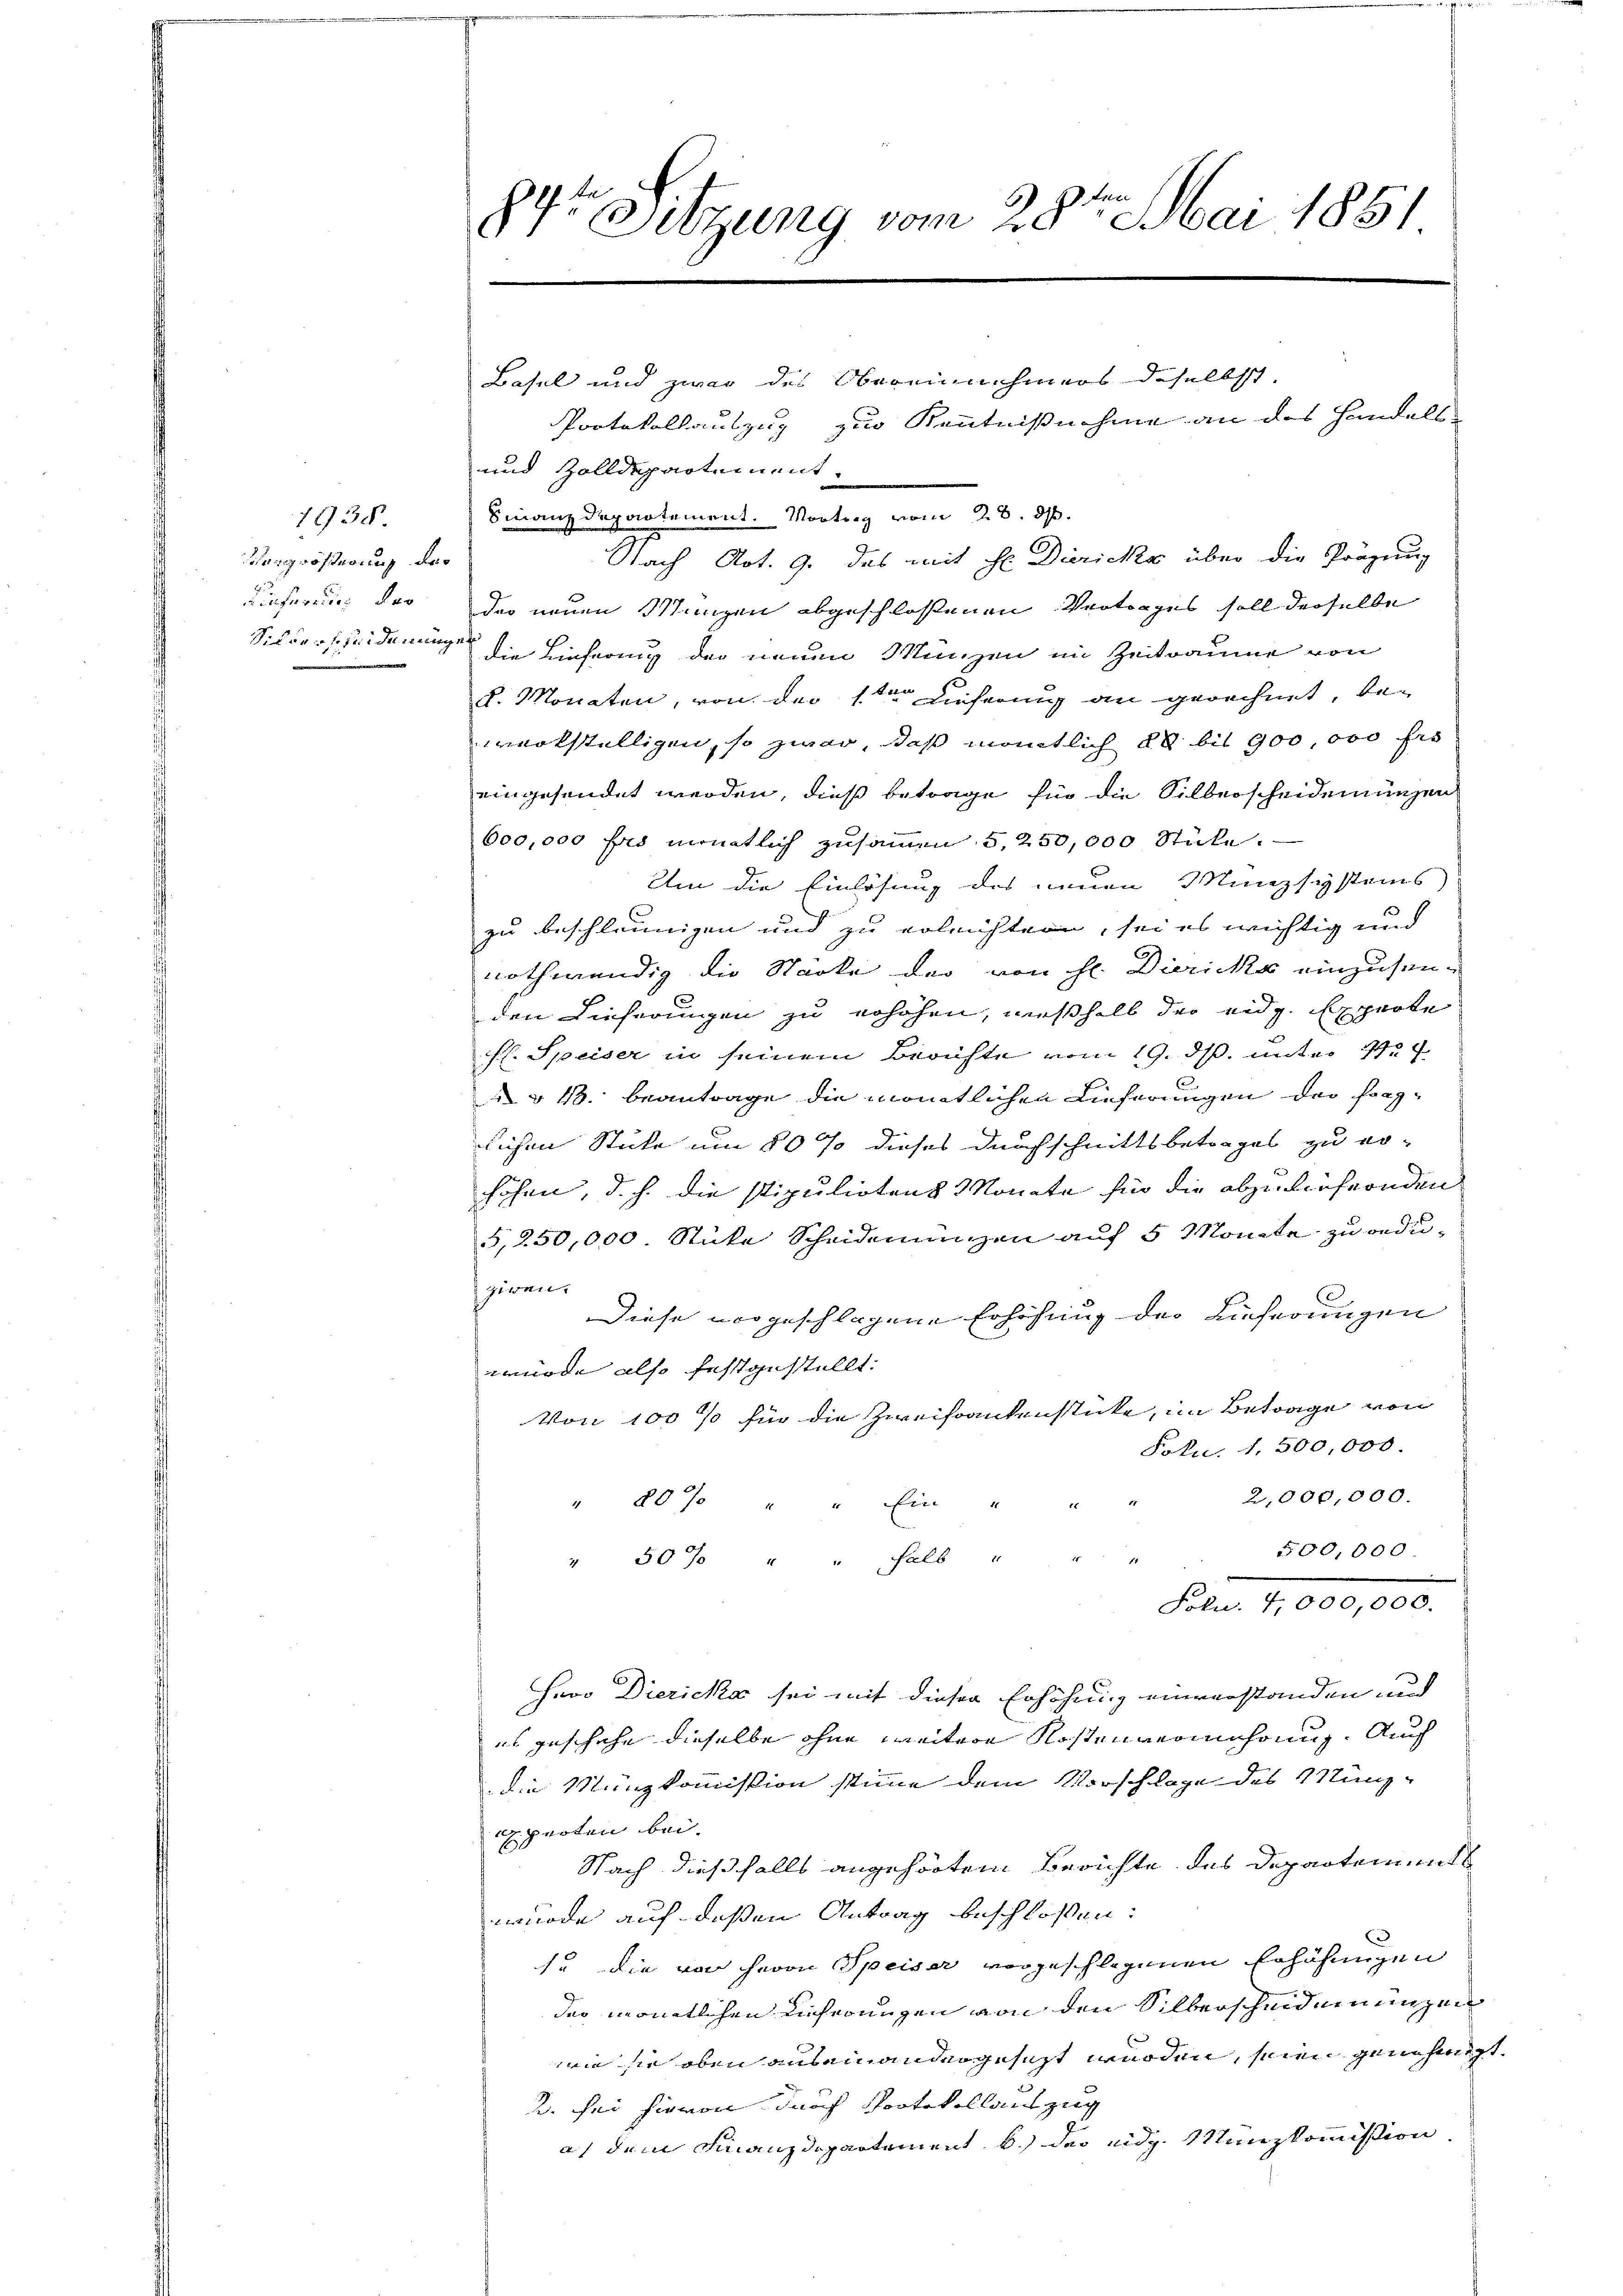
1938.
sangrößerung des
Lieferung der

84r Sitzung vom 28ten Mai 1881

Basel und zwar des Obereinnehmers daselbst.

und Zolldepartement.
Finanzdepartement. Vortrag vom 28. ds.
Nach Art. 9. das mit Hr. Diericke über die Prägung
der neuen Manzen abgeschlossenen Vertrages soll derselbe
Silverscheidenungen die Lieferung der neuen Münzen im Zeitraume von
d. Monaten, von der 1ten Lieferung an gerechnet, be-
werkstelligen, so zwar, daß mantlich 20 bis 900,000 fr
eingesendet werden, dieß betrage für die Silberscheiden ungen
600,000 frs monatlich zusammen 5, 250,000 Stücke.
Um die Einlösung des neuen Münzsystems
zu beschleunigen und zu erleichtern, sei es wichtig und
nothwendig die Stücke der von hl. Diezicke einzusen-
den Lieferungen zu erhöhen, weßhalb der eidg. Experte
fl. Speiser in seinem Berichte vom 19. ds. unter 1
 13. beantrage die monatlichen Lieferungen der sorglichen Stücke um 80 % dieses durchschnittsbetrages zu erhöhen, d. h. die stipulirtens Monate für die abzuliefernden
5,250,000 Stüke Scheidemünzen auf 5 Monate zu redugiren.
Diese vorgeschlagene Erhöhung der Lieferungen
würde also festgestellt:
Von 100% für die Zweifantenstücke, im Betrage von
Fokn. 1,500,000.
2,000,000.
" " " der " " "
500,000
" 50% " " fals u
1
Fol. 4,000,000.
Heoo Diezicka sei mit dieser Erhöhung einverstanden und
es geschehe dieselbe ohne weitere Kostenvermehrung. Auch
die Münzkommission stimme dem Vorschlage des Münz-
Experten bei.
Nach dießfalls angehörtem Berichte des Departement
wurde auf deßen Antrag beschlossen:
s. die von Herrn Speiser vorgeschlagenen Erhöhungen
der monatlichen Lieferungen von den Silberscheidemünzen
ain sie oben auseinander gesezt werden, seien genehmst
2. Sei hievon darf Protokollauszug
a) dem Finanzdepartement b.) der eidg. Münzkommission

Portokollauszug zur Kenntnißnahme an das Handels